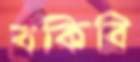
বকিবি